Vaccine operations Central Provinces 1868-1885 - 1868-1885
Year: 1868
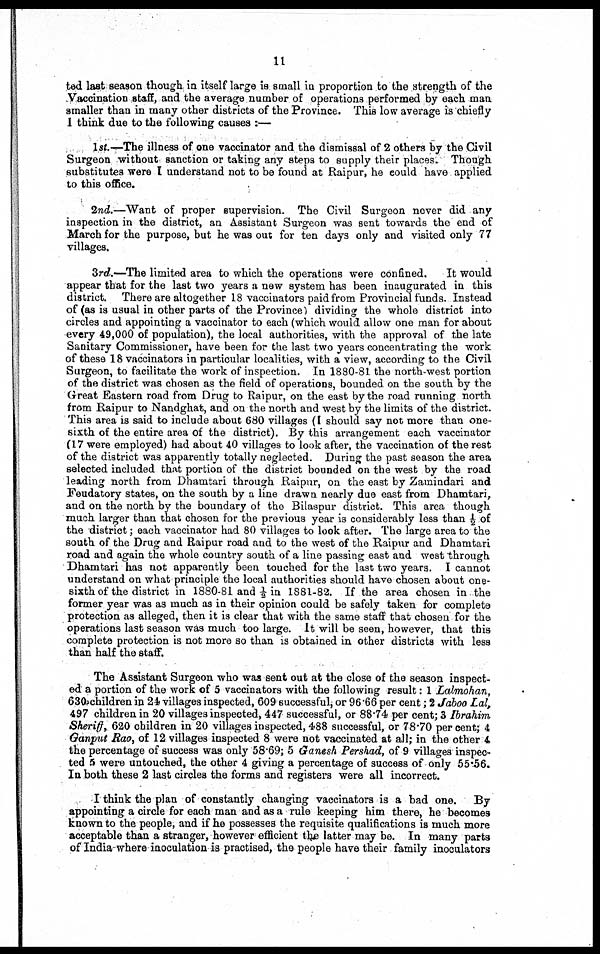
11
ted last season though in itself large is small in proportion to the strength of the
Vaccination staff, and the average number of operations performed by each man
smaller than in many other districts of the Province. This low average is chiefly
I think due to the following causes :—
1st.—The illness of one vaccinator and the dismissal of 2 others by the Civil
Surgeon without sanction or taking any steps to supply their places. Though
substitutes were I understand not to be found at Raipur, he could have applied
to this office.
2nd.—Want of proper supervision. The Civil Surgeon never did any
inspection in the district, an Assistant Surgeon was sent towards the end of
March for the purpose, but he was out for ten days only and visited only 77
villages.
3rd.—The limited area to which the operations were confined.
It would
appear that for the last two years a new system has been inaugurated in this
district. There are altogether 18 vaccinators paid from Provincial funds. Instead
of (as is usual in other parts of the Province) dividing the whole district into
circles and appointing a vaccinator to each (which would allow one man for about
every 49,000 of population), the local authorities, with the approval of the late
Sanitary Commissioner, have been for the last two years concentrating the work
of these 18 vaccinators in particular localities, with a view, according to the Civil
Surgeon, to facilitate the work of inspection. In 1880-81 the north-west portion
of the district was chosen as the field of operations, bounded on the south by the
Great Eastern road from Drug to Raipur, on the east by the road running north
from Raipur to Nandghat, and on the north and west by the limits of the district.
This area is said to include about 680 villages (I should say not more than one-
sixth of the entire area of the district). By this arrangement each vaccinator
(17 were employed) had about 40 villages to look after, the vaccination of the rest
of the district was apparently totally neglected. During the past season the area
selected included that portion of the district bounded on the west by the road
leading north from Dhamtari through Raipur, on the east by Zamindari and
Feudatory states, on the south by a line drawn nearly due east from Dhamtari,
and on the north by the boundary of the Bilaspur district. This area though
much larger than that chosen for the previous year is considerably less than ½ of
the district; each vaccinator had 80 villages to look after. The large area to the
south of the Drug and Raipur road and to the west of the Raipur and Dhamtari
road and again the whole country south of a line passing east and west through
Dhamtari has not apparently been touched for the last two years. I cannot
understand on what principle the local authorities should have chosen about one-
sixth of the district in 1880-81 and ½ in 1881-82. If the area chosen in the
former year was as much as in their opinion could be safely taken for complete
protection as alleged, then it is clear that with the same staff that chosen for the
operations last season was much too large. It will be seen, however, that this
complete protection is not more so than is obtained in other districts with less
than half the staff.
The Assistant Surgeon who was sent out at the close of the season inspect-
ed a portion of the work of 5 vaccinators with the following result 1 Lalmohan,
630 children in 24 villages inspected, 609 successful, or 96.66 per cent; 2 Jaboo Lal,
497 children in 20 villages inspected, 447 successful, or 88.74 per cent; 3 Ibrahim
Sheriff, 620 children in 20 villages inspected, 488 successful, or 78.70 per cent; 4
Ganput Rao, of 12 villages inspected 8 were not vaccinated at all; in the other 4
the percentage of success was only 58.69; 5 Ganesh Pershad, of 9 villages inspec-
ted 5 were untouched, the other 4 giving a percentage of success of only 55.56.
In both these 2 last circles the forms and registers were all incorrect.
I think the plan of constantly changing vaccinators is a bad one. By
appointing a circle for each man and as a rule keeping him there, he becomes
known to the people, and if he possesses the requisite qualifications is much more
acceptable than a stranger, however efficient the latter may be. In many parts
of India where inoculation is practised, the people have their family inoculators